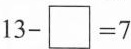
13-□=7